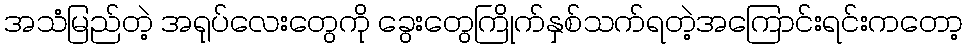
အသံမြည်တဲ့ အရုပ်လေးတွေကို ခွေးတွေကြိုက်နှစ်သက်ရတဲ့အကြောင်းရင်းကတော့